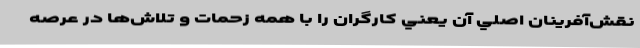
نقش‌آفرينان اصلي آن يعني كارگران را با همه زحمات و تلاش‌ها در عرصه